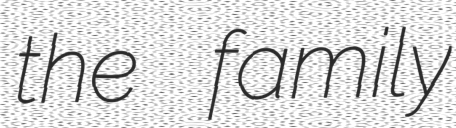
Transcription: the family